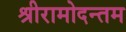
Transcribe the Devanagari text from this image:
श्रीरामोदन्तम